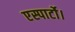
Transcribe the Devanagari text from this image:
एस्पार्टो।